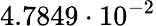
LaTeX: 4.7849\cdot 10^{-2}